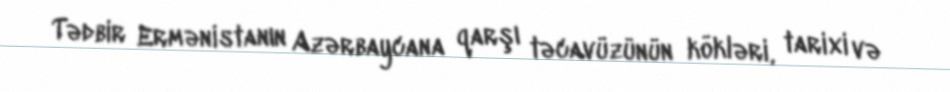
Tədbir Ermənistanın Azərbaycana qarşı təcavüzünün kökləri, tarixi və